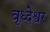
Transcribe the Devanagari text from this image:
वृध्देश्वर